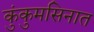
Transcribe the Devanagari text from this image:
कुंकुमसिनात